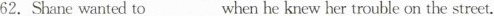
62.Shane wanted to___when he knew her trouble on the street.